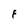
Character: F